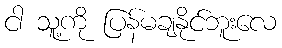
ငါ သူ့ကို ပြန်မချနိုင်ဘူးလေ